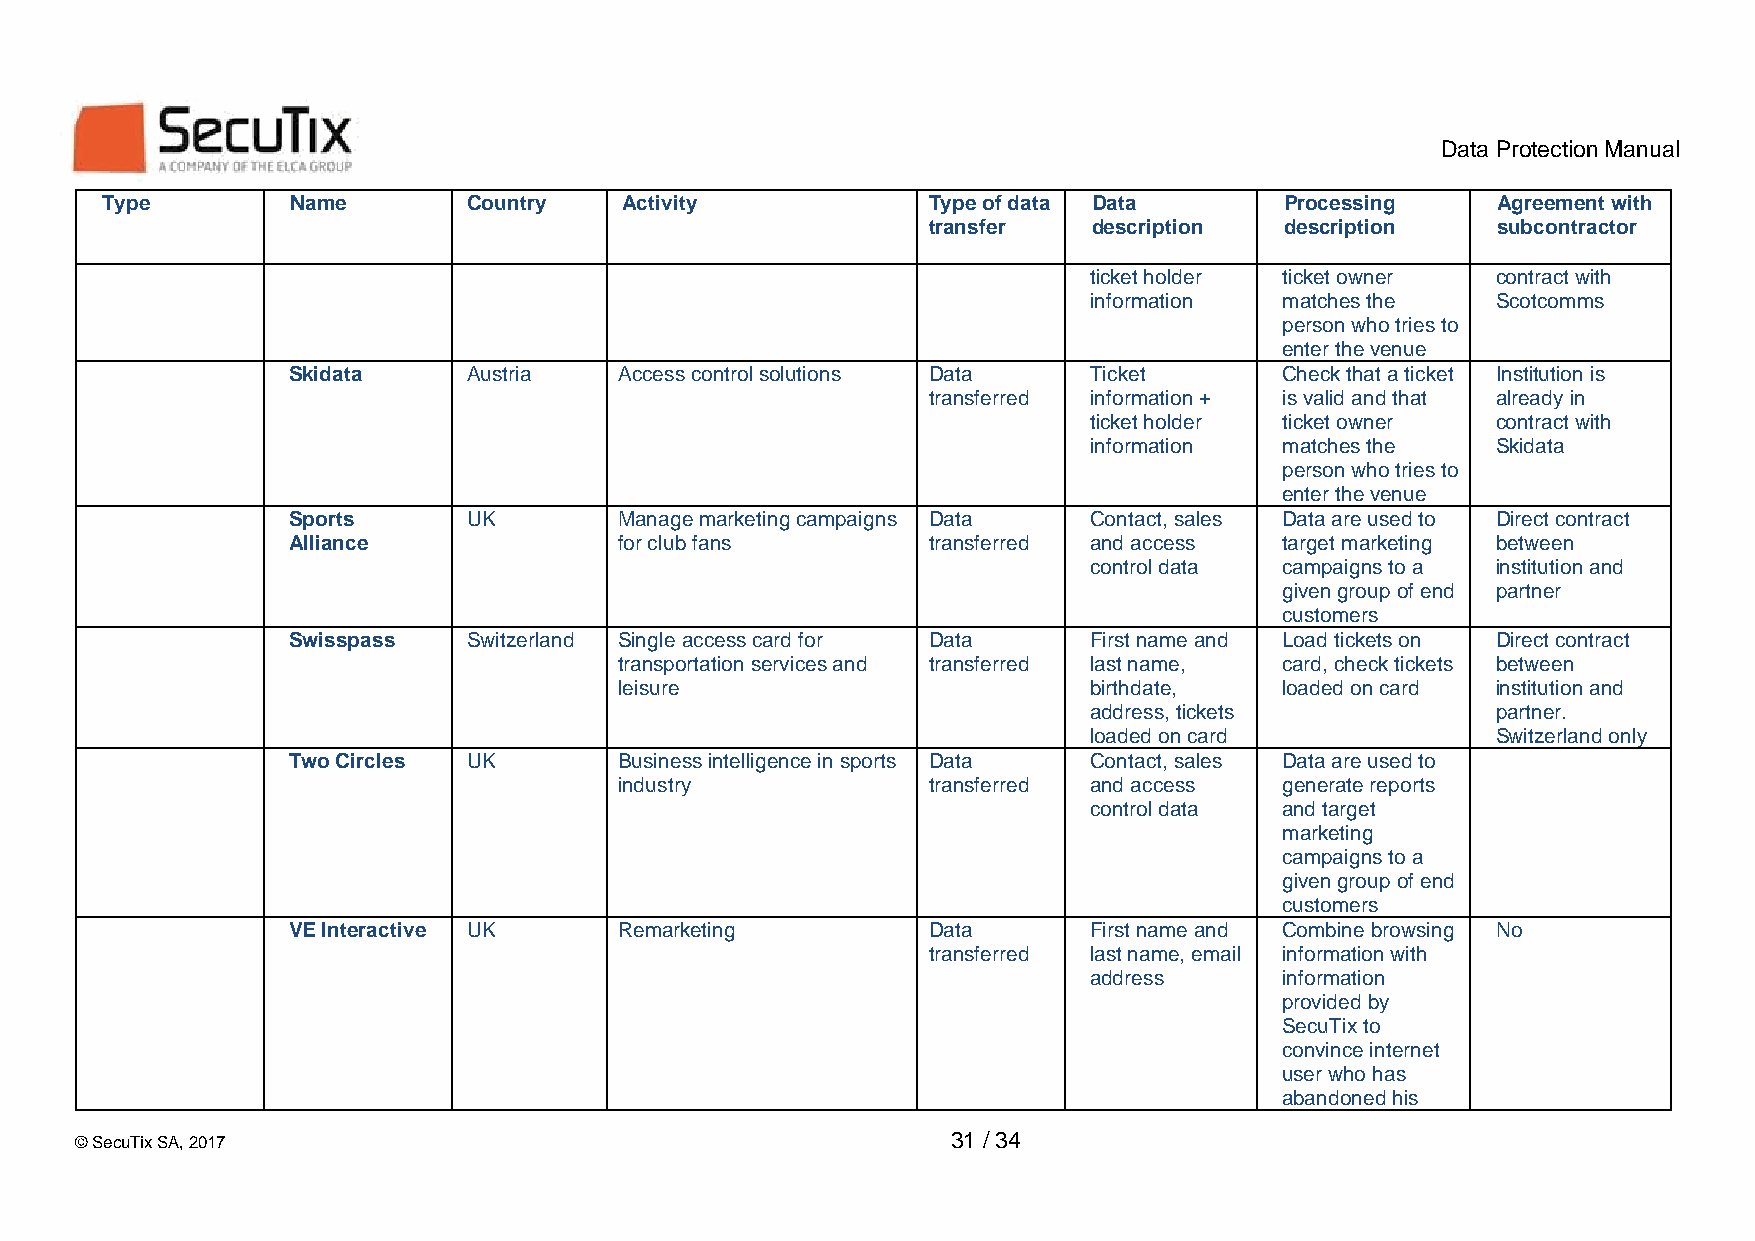
Data Protection Manual
 Type        Name        Country   Activity            Type of data Data       Processing    Agreement with
 transfer   description  description   subcontractor
 ticket holder ticket owner contract with
 information  matches the   Scotcomms
 person who tries to
 enter the venue
 Skidata     Austria   Access control solutions Data  Ticket       Check that a ticket Institution is
 transferred information + is valid and that already in
 ticket holder ticket owner contract with
 information  matches the   Skidata
 person who tries to
 enter the venue
 Sports      UK        Manage marketing campaigns Data Contact, sales Data are used to Direct contract
 Alliance              for club fans       transferred and access  target marketing between
 control data campaigns to a institution and
 given group of end partner
 customers
 Swisspass   Switzerland Single access card for Data  First name and Load tickets on Direct contract
 transportation services and transferred last name, card, check tickets between
 leisure                        birthdate,   loaded on card institution and
 address, tickets           partner.
 loaded on card             Switzerland only
 Two Circles UK        Business intelligence in sports Data Contact, sales Data are used to
 industry            transferred and access  generate reports
 control data and target
 marketing
 campaigns to a
 given group of end
 customers
 VE Interactive UK     Remarketing         Data       First name and Combine browsing No
 transferred last name, email information with
 address      information
 provided by
 SecuTix to
 convince internet
 user who has
 abandoned his
 © SecuTix SA, 2017                                        31 / 34